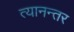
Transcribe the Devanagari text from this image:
त्यानन्तर